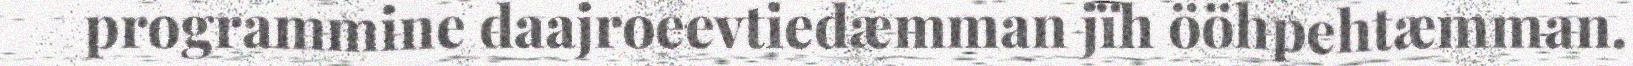
programmine daajroeevtiedæmman jïh ööhpehtæmman.